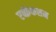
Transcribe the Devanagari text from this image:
एब्फ्रेकशन